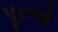
પૂરજો